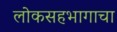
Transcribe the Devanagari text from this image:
लोकसहभागाचा